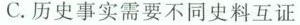
C. 历史事实需要不同史料互证